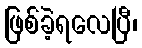
ဖြစ်ခဲ့ရလေပြီ၊